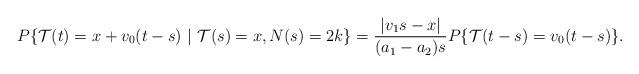
LaTeX: \begin{align*}P\{\mathcal{T}(t) =x +v_0(t-s)\ |\ \mathcal{T}(s) = x, N(s) = 2k \} = \frac{|v_1s-x|}{(a_1-a_2)s} P\{\mathcal{T}(t-s) = v_0(t-s)\} .\end{align*}